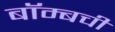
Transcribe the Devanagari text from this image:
बॉम्बची